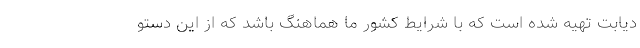
دیابت تهیه شده است که با شرایط کشور ما هماهنگ باشد که از این دستو